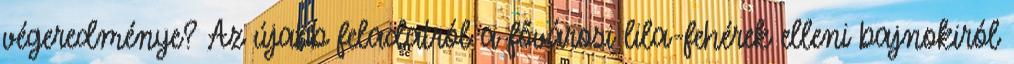
végeredménye? Az újabb feladatról a fővárosi lila-fehérek elleni bajnokiról